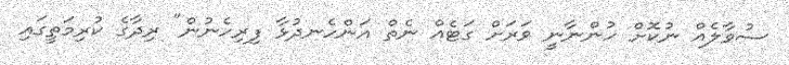
ސުވާލެއް ނުކޮށް ހުންނާނީ ވަރަށް ގަޓެއް ނެތް އަންހެނދުޅާ ފިރިހެނުން" ރިދާގެ ކުރިމަތީގައި